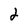
Character: 2